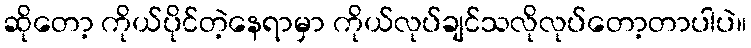
ဆိုတော့ ကိုယ်ပိုင်တဲ့နေရာမှာ ကိုယ်လုပ်ချင်သလိုလုပ်တော့တာပါပဲ။